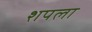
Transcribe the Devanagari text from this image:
शपला